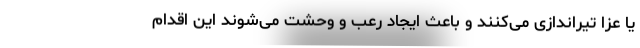
یا عزا تیراندازی می‌کنند و باعث ایجاد رعب و وحشت می‌شوند این اقدام